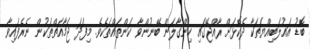
ބޮޑު އަޣުލަބިއްޔަތަކާ ދެކޮޅަށް ރާއްޖޭގައި ހިންގާލަން ބޭނުންވާ ކަންތައްތަކެވެ. މިފަދަ ޖަމާއަތްތަކުން ނެރެފައިވާ